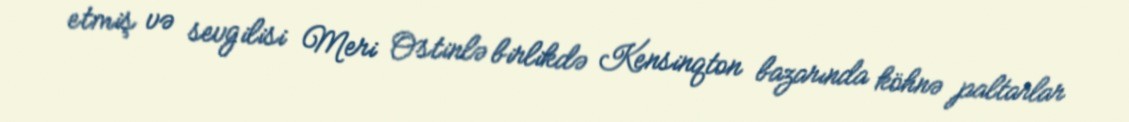
etmiş və sevgilisi Meri Ostinlə birlikdə Kensinqton bazarında köhnə paltarlar